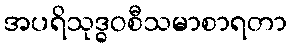
အပရိသုဒ္ဓဝစီသမာစာရတာ